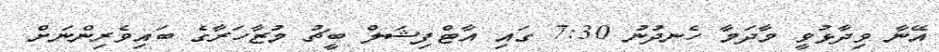
އޭނާ ވިދާޅުވީ މާދަމާ ހެނދުނު 7:30 ގައި އާޓްފިޝަލް ބީޗު މުޒާހަރާގެ ބައިވެރިންނަށް